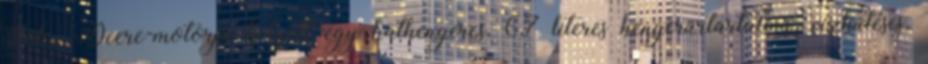
John Deere-motorja helyett egy hathengeres, 6,7 literes hengerűrtartalmú, vízhűtéses,